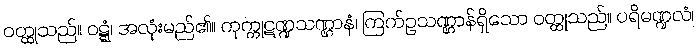
ဝတ္ထုသည်။ ဝဋ္ဋံ၊ အလုံးမည်၏။ ကုက္ကုဋဏ္ဍသဏ္ဌာနံ၊ ကြက်ဥသဏ္ဌာန်ရှိသော ဝတ္ထုသည်။ ပရိမဏ္ဍလံ၊